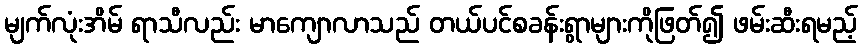
မျက်လုံးအိမ် ရာသီလည်း မာကျောလာသည် တယ်ပင်စခန်းရွာများကိုဖြတ်၍ ဖမ်းဆီးရမည့်